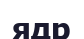
ядр